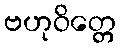
ဗဟုဝိတ္တေ